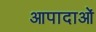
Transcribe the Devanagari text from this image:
आपादाओं